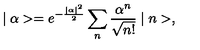
\mid \alpha > = e ^ { - \frac { \mid \alpha \mid ^ { 2 } } { 2 } } \sum _ { n } \frac { \alpha ^ { n } } { \sqrt { n ! } } \mid n > ,